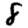
Digit: 8